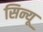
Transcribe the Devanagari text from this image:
सिन्यू